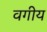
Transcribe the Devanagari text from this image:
वगीय